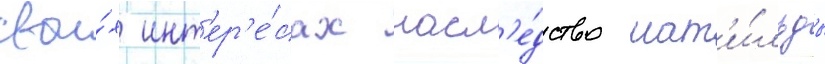
свои́х инт'ер'е́сах насл'е́дство мат'и́льды